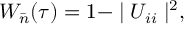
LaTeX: W _ { \bar { n } } ( \tau ) = 1 - \mid U _ { i i } \mid ^ { 2 } ,